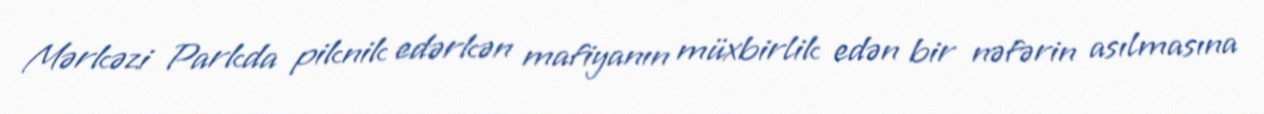
Mərkəzi Parkda piknik edərkən mafiyanın müxbirlik edən bir nəfərin asılmasına